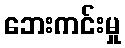
ဘေးကင်းမှု